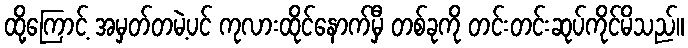
ထို့ကြောင့် အမှတ်တမဲ့ပင် ကုလားထိုင်နောက်မှီ တစ်ခုကို တင်းတင်းဆုပ်ကိုင်မိသည်။